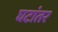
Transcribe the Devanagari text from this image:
घटांतर